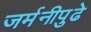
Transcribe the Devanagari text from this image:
जर्मनीपुढे